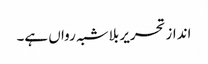
انداز تحریر بلاشبہ رواں ہے۔